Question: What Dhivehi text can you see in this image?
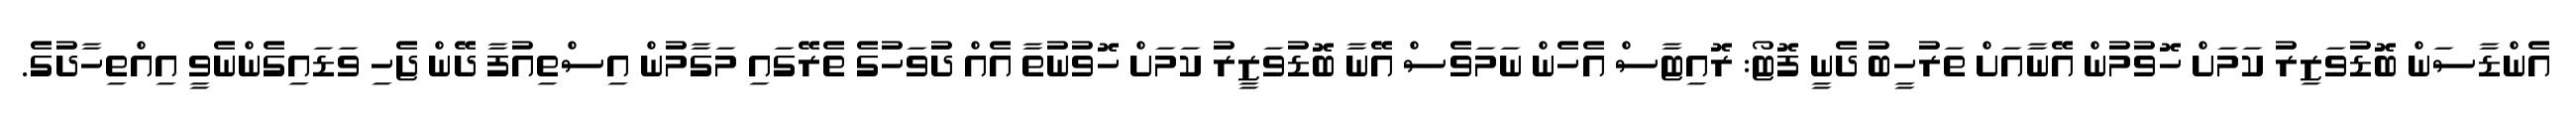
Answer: އެންޑާސަން ބޮޑުވަޒިރު ކަމަށް ހޮވުމުން އޭނާއަށް ތަރުހީބު ދެނީ ފޮޓޯ: ރޮއިޓާސް އެހެން ނަމަވެސް އޭނާ ބޮޑުވަޒީރު ކަމަށް ހޮވުނުތާ އެއް ދުވަހުގެ ތެރޭގައި މަގާމުން އިސްތިއުފާ ދޭން ޖެހި ވަޑައިގެންނެވީ އިއްތިހާދުގެ.